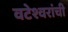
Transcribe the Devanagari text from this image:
वटेश्वरांची